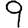
Digit: 9